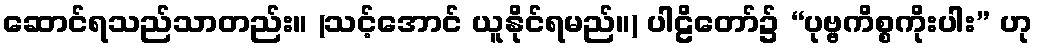
ဆောင်ရသည်သာတည်း။ (သင့်အောင် ယူနိုင်ရမည်။) ပါဠိတော်၌ “ပုဗ္ဗကိစ္စကိုးပါး” ဟု